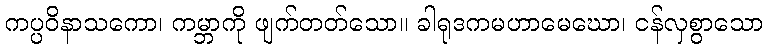
ကပ္ပဝိနာသကော၊ ကမ္ဘာကို ဖျက်တတ်သော။ ခါရုဒကမဟာမေဃော၊ ငန်လှစွာသော